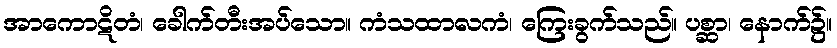
အာကောဋိတံ၊ ခေါက်တီးအပ်သော။ ကံသထာလကံ၊ ကြေးခွက်သည်။ ပစ္ဆာ၊ နောက်၌။